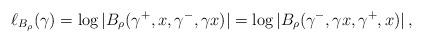
LaTeX: \begin{align*}\ell_{B_\rho}(\gamma) = \log |B_\rho(\gamma^+, x, \gamma^-, \gamma x)| = \log |B_\rho(\gamma^-, \gamma x, \gamma^+, x)| \, ,\end{align*}